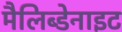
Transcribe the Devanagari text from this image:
मैलिब्डेनाइट